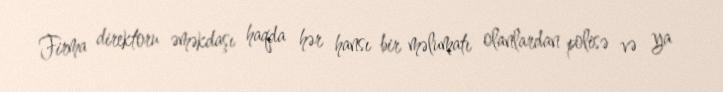
Firma direktoru əməkdaşı haqda hər hansı bir məlumatı olanlardan polisə və ya